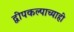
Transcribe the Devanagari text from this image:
द्वीपकल्पाच्याही